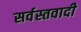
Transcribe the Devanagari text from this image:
सर्वस्तवादी